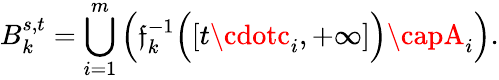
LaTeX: B_{k}^{s,t}=\bigcup_{i=1}^{m}{\Bigl(}\mathfrak{f}_{k}^{-1}{\Bigl(}[t\cdotc_{i},+\infty]{\Bigr)}\capA_{i}{\Bigr)}.